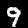
Digit: 9